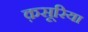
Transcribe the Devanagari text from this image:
क़सूरिया